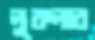
লুকলার